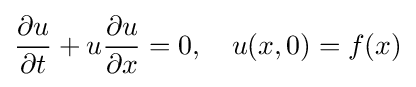
{\frac {\partial u}{\partial t}}+u{\frac {\partial u}{\partial x}}=0,\quad u(x,0)=f(x)